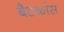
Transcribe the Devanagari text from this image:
बैठकांस